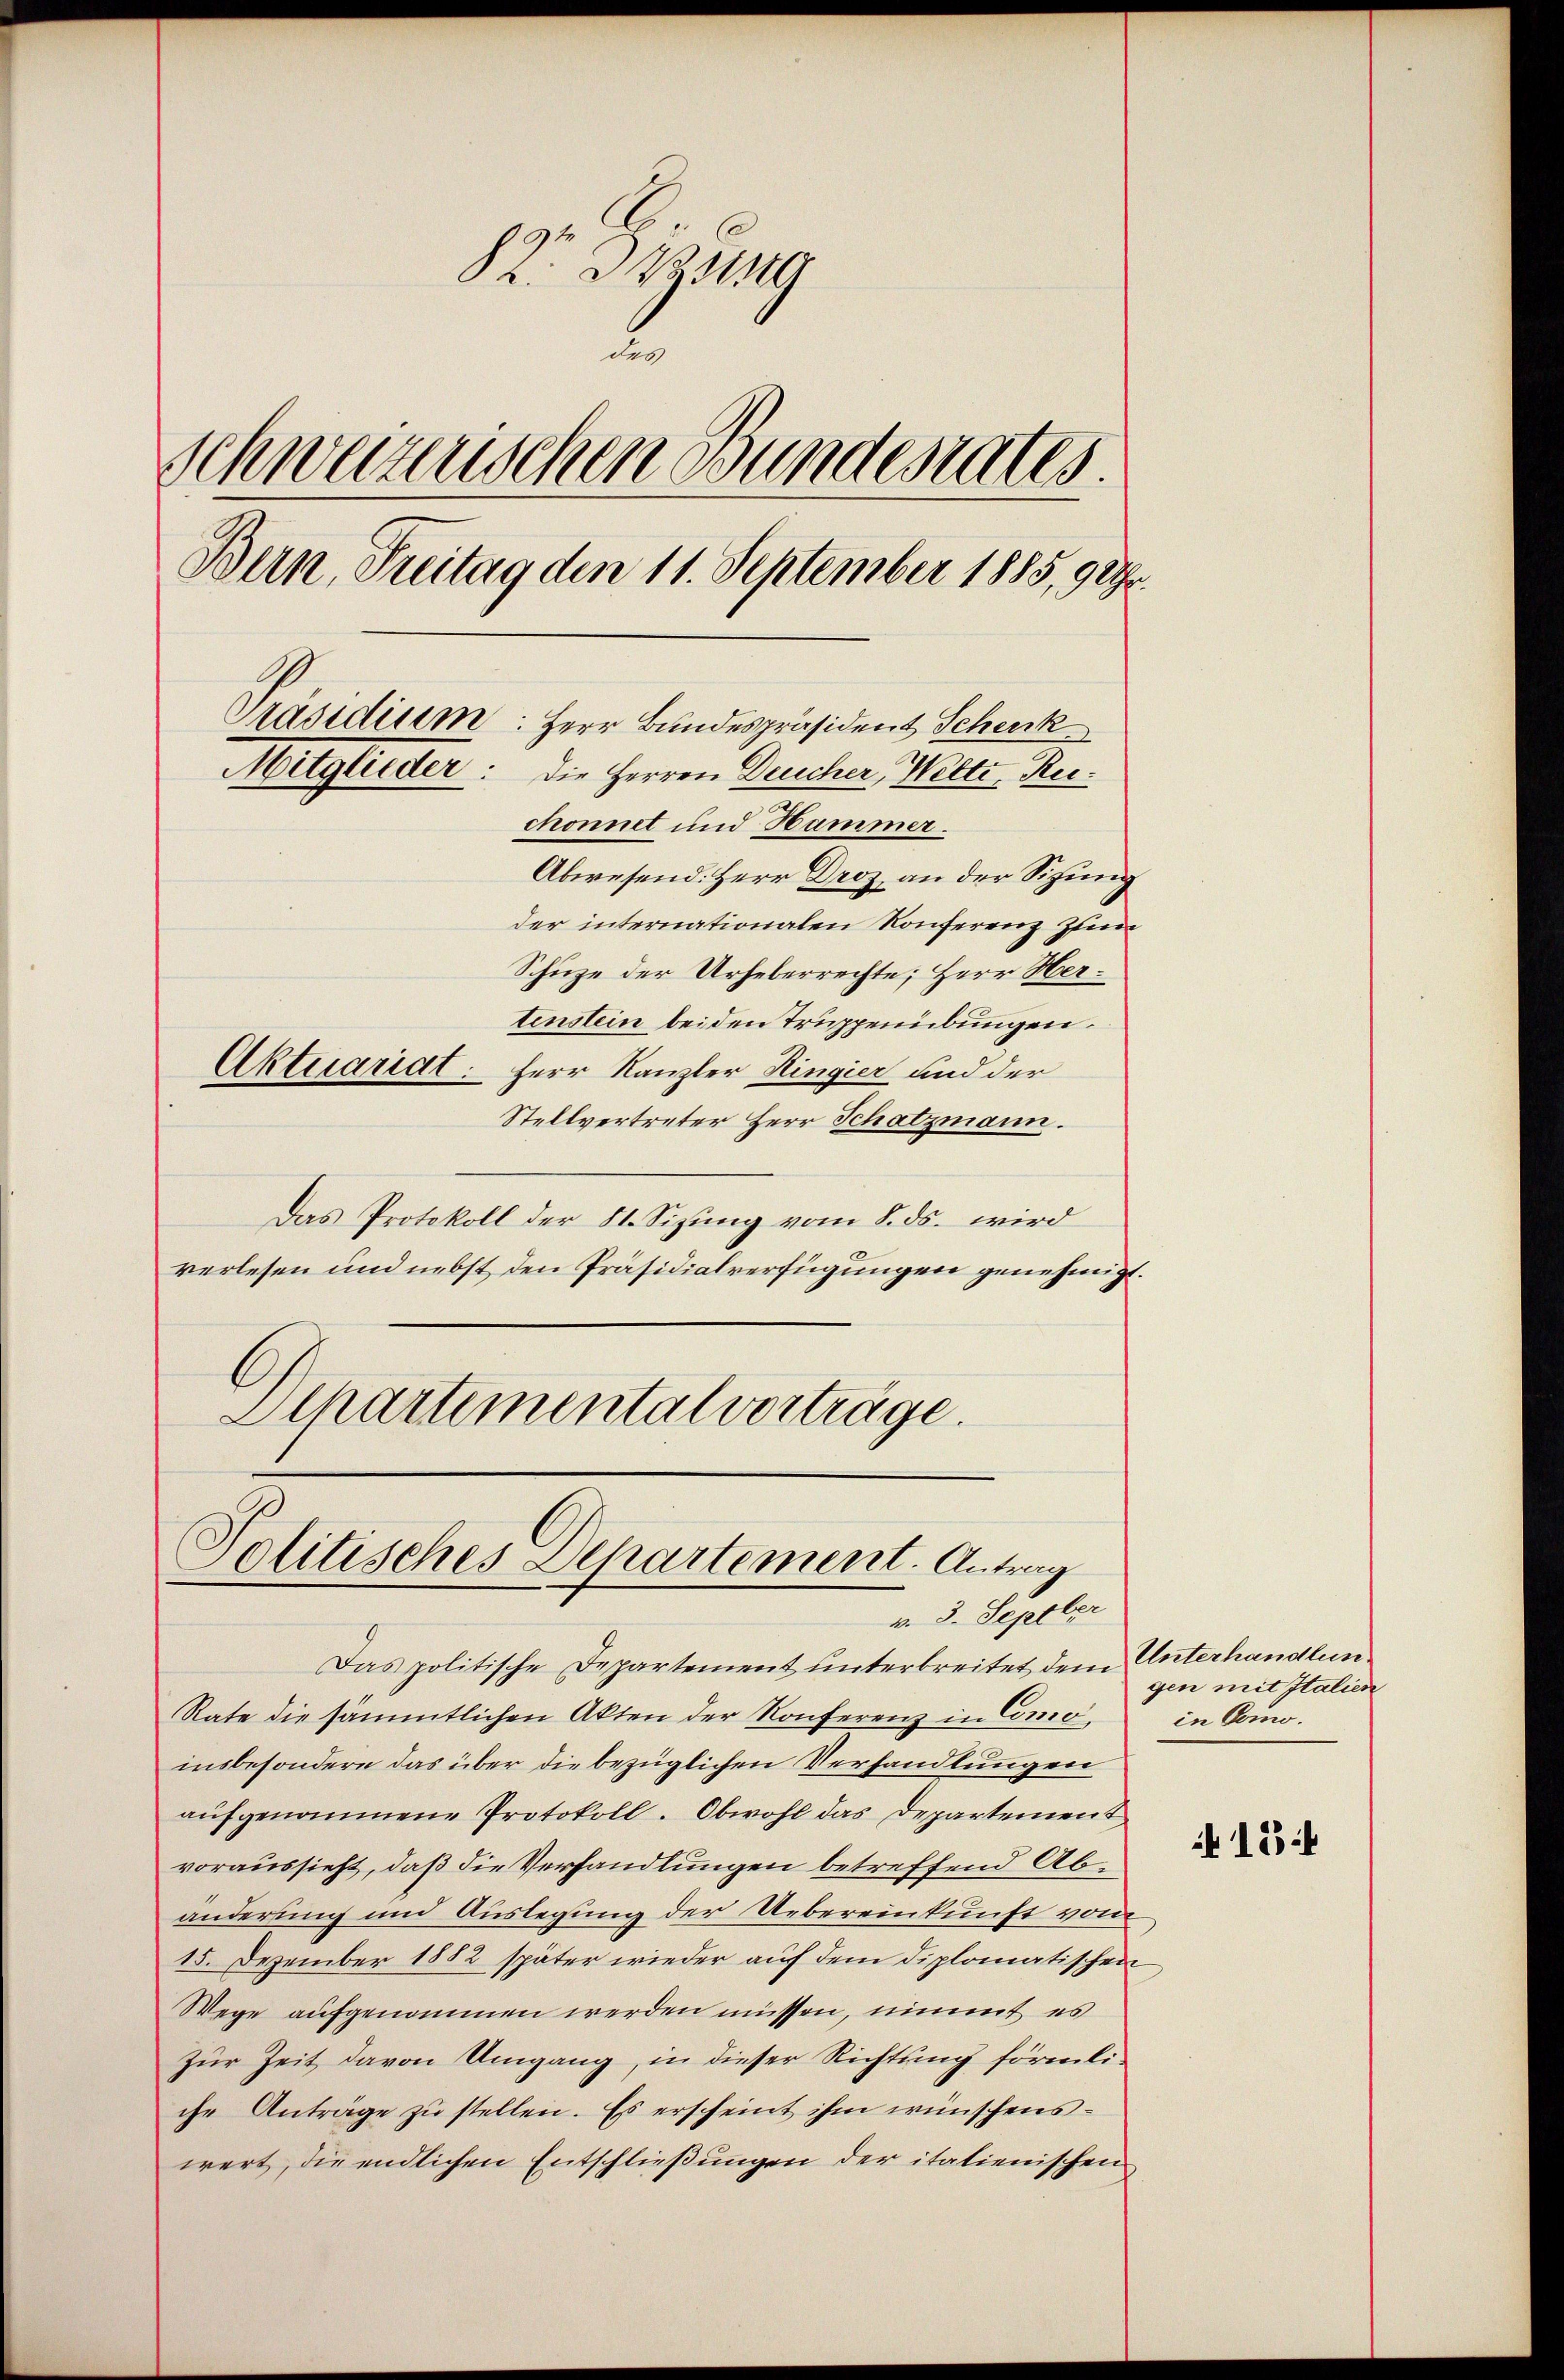
82 und
2
Schweizerischen Bundesrates.
Bern, Freitag den 11. September 1885, 9 Uhr.
Präsidium: Herr Bundespräsident Schenk
Mitglieder.
Die Herren Deucher, Wetti, Reichonnet und Hammer.
Abwesend: Herr Droz, an der Sitzung
der internationalen Konferenz zum
Schuze der Urheberrechte; Herr Hertenstein bei den Truppenübungen.
Aktuariat
Herr Kanzler Ringier und der
Stellvertreter Herr Schatzmann.

Das Protokoll der St. Sizung vom 8. ds. wird
verlesen und nebst den Präsidialverfügungen genehmigt.
Schartemental vorträge.

Politisches Departement. Antrag
v. 3. Septber

Das politische Departement unterbreitet dem Unterhandlun¬
Rate die sämmtlichen Akten der Konferenz in Comoinsbesondere das über die bezüglichen Verhandlungen
aufgenommene Protokoll. Obwohl das Departement
voraussieht, daß die Verhandlungen betreffend Abänderung und Auslegung der Uebereinkunft vom
15. Dezember 1882 später wieder auf dem diplomatischen
Wege aufgenommen werden müssen, nimmt es
Zur Zeit davon Umgang, in dieser Richtung förmliche Anträge zŭ stellen. Es erscheint ihm wünschenswert, die endlichen Entschließungen der italienischen

gen mit Italien
in Como.

415